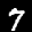
Label: 7